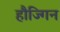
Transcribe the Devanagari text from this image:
हौज्गिन